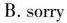
B. sorry